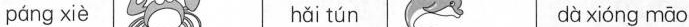
páng xiè hǎi tún dà xióng māo